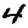
Digit: 4